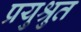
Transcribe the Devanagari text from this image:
प्रयुश्रुत